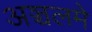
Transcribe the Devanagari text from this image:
अञ्चलमे